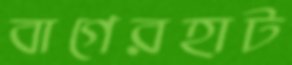
বাগেরহাট